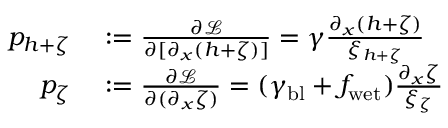
\begin{array} { r l } { p _ { h + \zeta } } & { { } : = \frac { \partial \mathcal { L } } { \partial [ \partial _ { x } ( h + \zeta ) ] } = \gamma \frac { \partial _ { x } ( h + \zeta ) } { \xi _ { h + \zeta } } } \\ { p _ { \zeta } } & { { } : = \frac { \partial \mathcal { L } } { \partial ( \partial _ { x } \zeta ) } = ( \gamma _ { \mathrm { b l } } + f _ { \mathrm { w e t } } ) \frac { \partial _ { x } \zeta } { \xi _ { \zeta } } } \end{array}